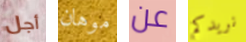
أجل موهان عن نريدكم